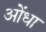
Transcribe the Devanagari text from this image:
ओंधा